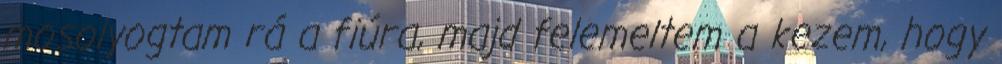
mosolyogtam rá a fiúra, majd felemeltem a kezem, hogy